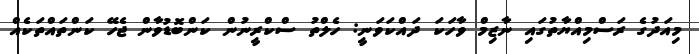
މިއަދުގެ ރަސްމިއްޔާތުގައި ނާޒިމް ވާހަކަ ދައްކަވަނީ: ހެލްތު ސްކްރީނުން ކަންބޮޑުވާން ޖެހޭ ކަންތައްތަކެއް